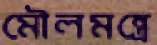
মৌলমন্ত্রে